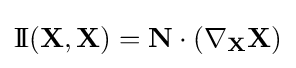
\operatorname {I\!I} (\mathbf {X} ,\mathbf {X} )=\mathbf {N} \cdot (\nabla _{\mathbf {X} }\mathbf {X} )